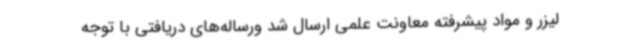
لیزر و مواد پیشرفته معاونت علمی ارسال شد ورساله‌های دریافتی با توجه